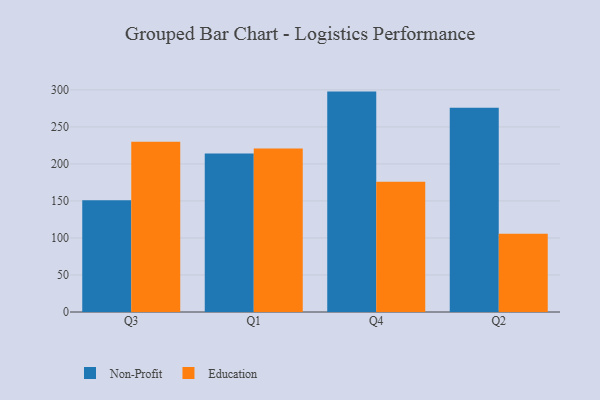
{"axis": {"x": "Quarter", "y": "Page Views"}, "legend": ["Education", "Non-Profit"], "data": [{"x": "Q3", "y": 151.1, "type": "Non-Profit"}, {"x": "Q3", "y": 229.8, "type": "Education"}, {"x": "Q1", "y": 214.2, "type": "Non-Profit"}, {"x": "Q1", "y": 220.8, "type": "Education"}, {"x": "Q4", "y": 297.7, "type": "Non-Profit"}, {"x": "Q4", "y": 176.1, "type": "Education"}, {"x": "Q2", "y": 275.9, "type": "Non-Profit"}, {"x": "Q2", "y": 105.7, "type": "Education"}]}